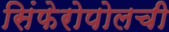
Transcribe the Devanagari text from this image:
सिंफेरोपोलची